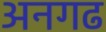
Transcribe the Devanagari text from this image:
अनगढ